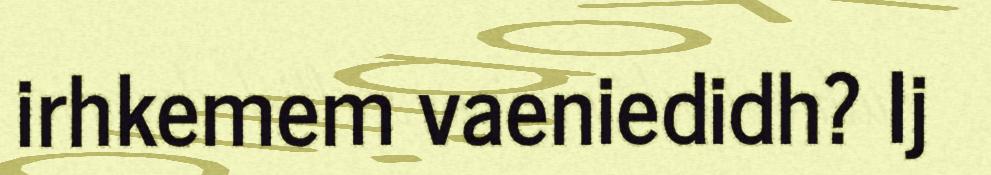
irhkemem vaeniedidh? Ij